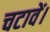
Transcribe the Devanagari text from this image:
चटावें।